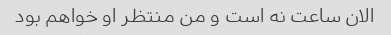
الان ساعت نه است و من منتظر او خواهم بود